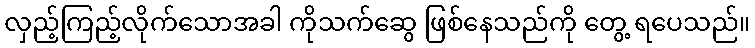
လှည့်ကြည့်လိုက်သောအခါ ကိုသက်ဆွေ ဖြစ်နေသည်ကို တွေ့ ရပေသည်။